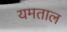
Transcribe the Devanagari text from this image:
यमताल